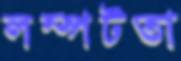
লম্পটতা